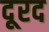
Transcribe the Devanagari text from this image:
दूरद